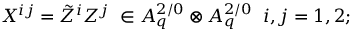
X ^ { i j } = \tilde { Z } ^ { i } Z ^ { j } \; \in A _ { q } ^ { 2 / 0 } \otimes A _ { q } ^ { 2 / 0 } \; \; i , j = 1 , 2 ;